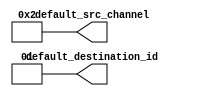
module seq_addr_router_001_default_decode
  #(
     parameter DEFAULT_CHANNEL = 1,
               DEFAULT_DESTID = 1 
   )
  (output [71 - 70 : 0] default_destination_id,
   output [4-1 : 0] default_src_channel
  );

  assign default_destination_id = 
    DEFAULT_DESTID[71 - 70 : 0];
  generate begin : default_decode
    if (DEFAULT_CHANNEL == -1)
      assign default_src_channel = 0;		//*** SV-to-V: '0=>0 
    else
      assign default_src_channel = 4'b1 << DEFAULT_CHANNEL;
  end endgenerate

endmodule